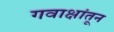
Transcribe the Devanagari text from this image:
गवाक्षांतून